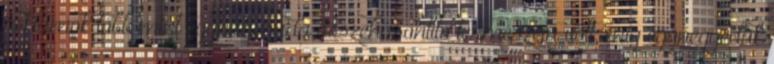
reklámok több mint egyharmada összehasonlító természetű volt, míg egynegyedük